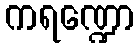
ကရဏ္ဍော